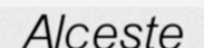
Alceste